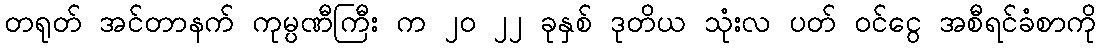
တရုတ် အင်တာနက် ကုမ္ပဏီကြီး က ၂၀ ၂၂ ခုနှစ် ဒုတိယ သုံးလ ပတ် ဝင်ငွေ အစီရင်ခံစာကို